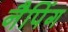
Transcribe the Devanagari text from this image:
नैपिंग